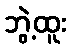
ဘွဲ့ထူး